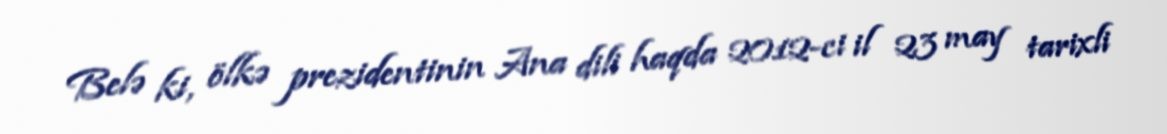
Belə ki, ölkə prezidentinin Ana dili haqda 2012-ci il 23 may tarixli